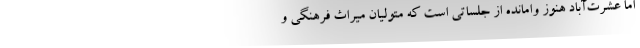
اما عشرت‌آباد هنوز وامانده از جلساتی است که متولیان میراث فرهنگی و